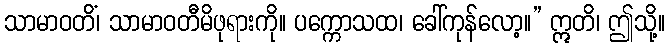
သာမာဝတိံ၊ သာမာဝတီမိဖုရားကို။ ပက္ကောသထ၊ ခေါ်ကုန်လော့။” ဣတိ၊ ဤသို့။